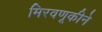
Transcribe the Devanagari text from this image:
मिरवणूकीने